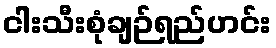
ငါးသီးစုံချဉ်ရည်ဟင်း